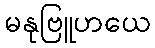
မနုဗြူဟယေ